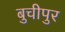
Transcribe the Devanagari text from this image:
बुचीपुर